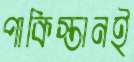
পাকিস্তানই